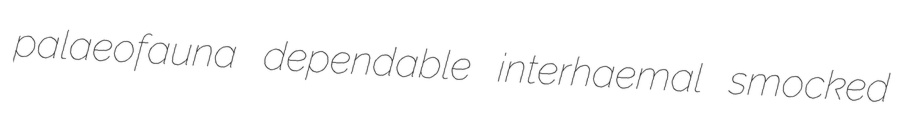
palaeofauna dependable interhaemal smocked